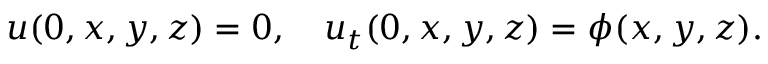
u ( 0 , x , y , z ) = 0 , \quad u _ { t } ( 0 , x , y , z ) = \phi ( x , y , z ) .